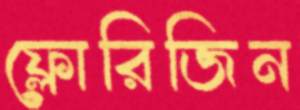
ফ্লোরিজিন